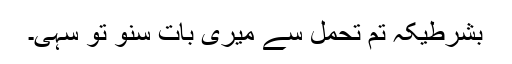
بشرطیکہ تم تحمل سے میری بات سنو تو سہی۔